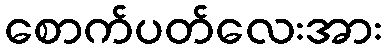
စောက်ပတ်လေးအား